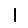
Digit: 1